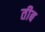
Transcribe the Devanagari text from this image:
तीब